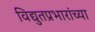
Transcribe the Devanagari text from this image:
विद्युतप्रभारांच्या